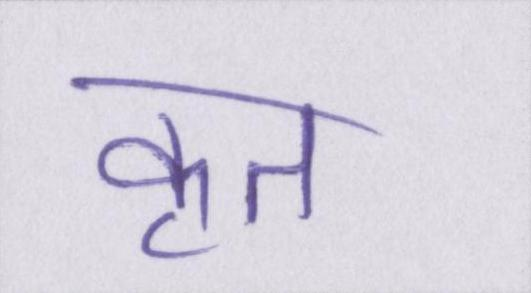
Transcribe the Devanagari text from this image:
कृत